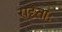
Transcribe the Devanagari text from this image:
रादृताः